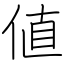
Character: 値